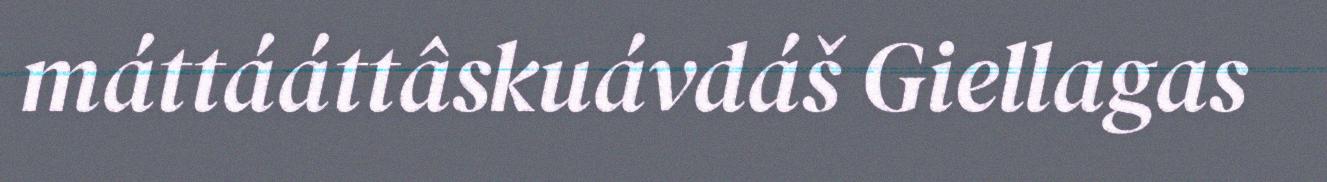
máttááttâskuávdáš Giellagas